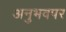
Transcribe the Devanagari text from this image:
अनुभवपर